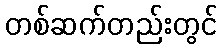
တစ်ဆက်တည်းတွင်